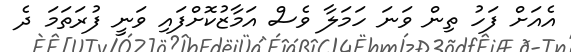
އެއަށް ފަހު ތިން ވަނަ ހަމަލާ ވެސް އަމާޒުކޮށްފައި ވަނީ ފުރަތަމަ ދެ